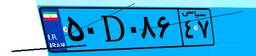
۵۰D۰۸۶۴۷